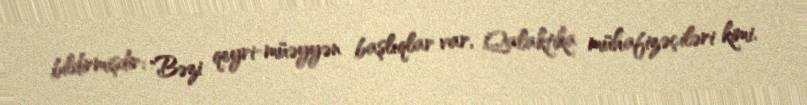
bildirmişdir: "Bəzi qeyri-müəyyən başlıqlar var, Qalaktika mühafizəçiləri kimi.